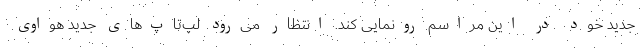
جدید خود در این مراسم رونمایی کند. انتظار می‌رود لپ‌تاپ‌های جدید هواوی